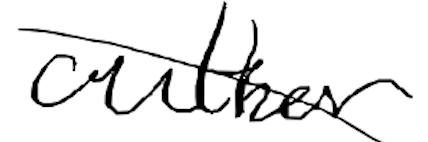
Text: author
Cross-out: diagonal
Writing tool: digital_black